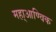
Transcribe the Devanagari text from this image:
महा्आण्विक